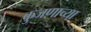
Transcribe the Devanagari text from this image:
कुजणाच्या